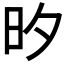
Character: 𭥑